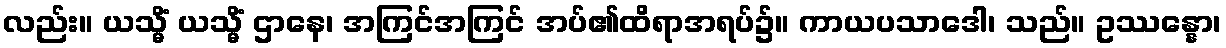
လည်း။ ယသ္မိံ ယသ္မိံ ဌာနေ၊ အကြင်အကြင် အပ်၏ထိရာအရပ်၌။ ကာယပသာဒေါ၊ သည်။ ဥဿန္နော၊